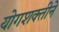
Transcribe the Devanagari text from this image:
योगशक्तीने